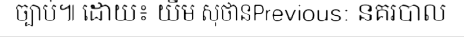
ច្បាប់៕ ដោយ៖ យឹម សុថានPrevious: នគរបាល